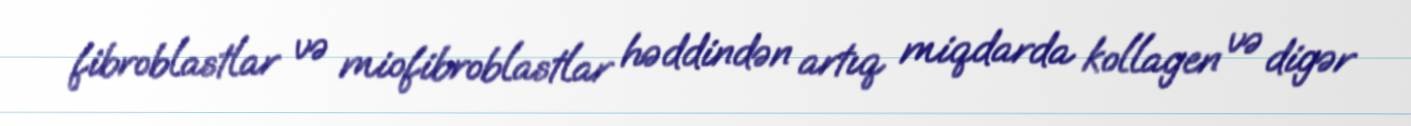
fibroblastlar və miofibroblastlar həddindən artıq miqdarda kollagen və digər